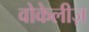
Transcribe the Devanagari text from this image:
वोकेलीज़